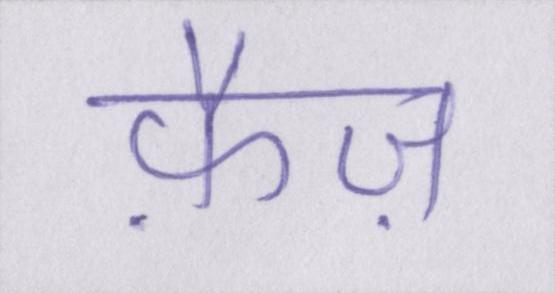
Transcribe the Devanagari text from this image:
फ़ैज़